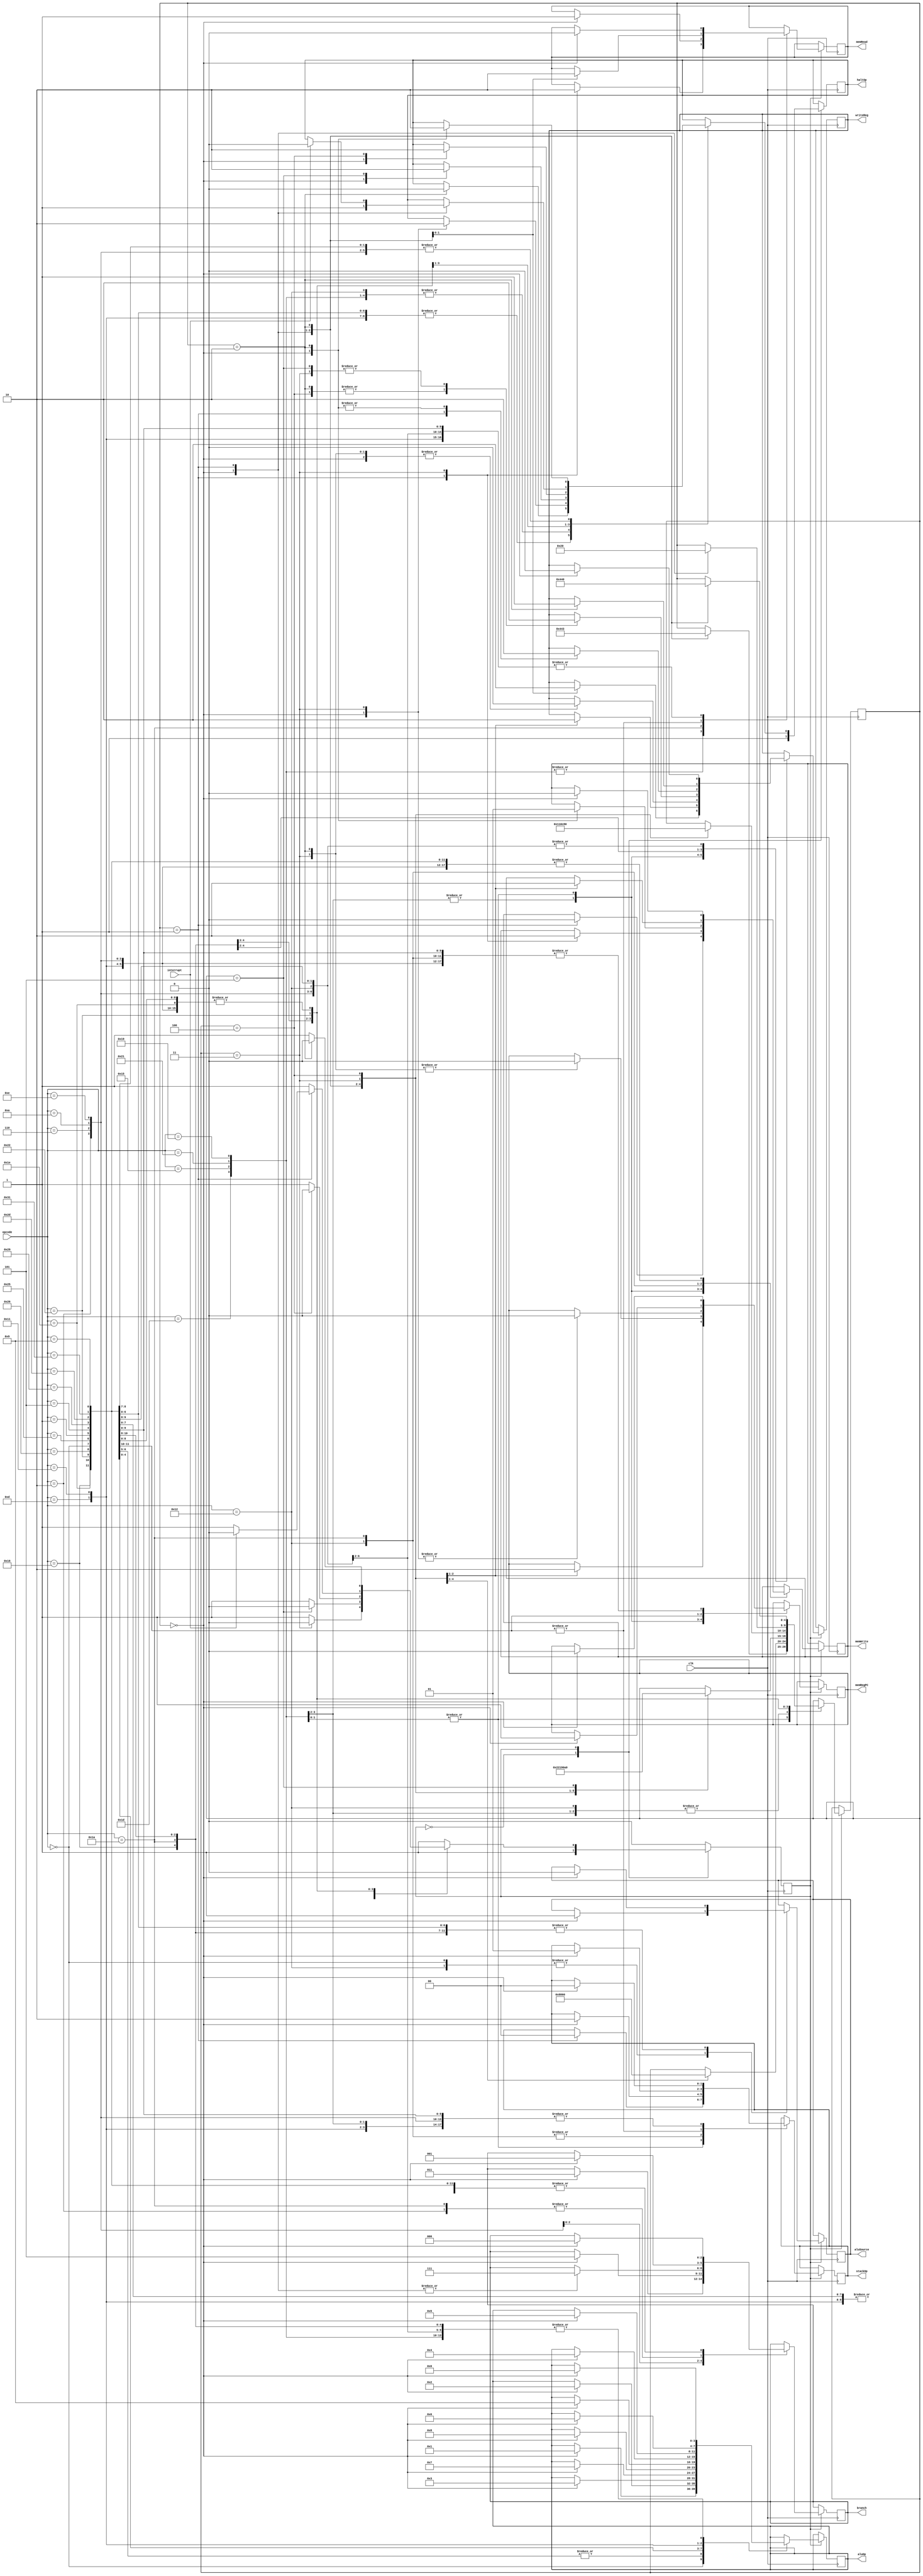
module main_control(
    input [5:0] opcode,
    input interrupt,
    input clk,
    output reg [2:0] branch,
    output reg memRead,
    output reg memWrite,
    output reg memRegPC,
    output reg [3:0] aluOp,
    output reg aluSource,
    output reg [1:0] stackOp,
    output reg writeReg,
    output reg haltOp
);

    
 // Opcode		ALUop	    ALUcontrol_input	ALUsource	Write Reg	MemWrite	MemRead*	memRegPC	Stack Op	Branch haltOp
 // ------------------------------------------------------------------------------------------------------------------------------
 // 000000		0001	        0001	            1	        1	        0	        0	        0	        00	        000     0
 // 000001	    0010	        0001	            0	        1	        0	        0	        0	        00	        000     0
 // 000101	    0011	        0010	            0	        1	        0	        0	        0	        00	        000     0
 // 001001	    0100	        0011	            0	        1	        0	        0	        0	        00	        000     0
 // 001101	    0101	        0100	            0	        1	        0	        0	        0	        00	        000     0
 // 010001	    0110	        0101	            0	        1	        0	        0	        0	        00	        000     0
 // 010101	    0000	        0001	            0	        1	        0	        1	        1	        00	        000     0
 // 011001	    0000	        0001	            0	        0	        1	        1	        0	        00	        000     0
 // 011101	    0000	        0001	            0	        1	        0	        1	        1	        00	        000     0
 // 100001	    0000	        0001	            0	        0	        1	        0	        0	        00	        000     0
 // 100101      0000            0001                0           1           0           0           0           00          000     0
 // 000010	    0000	        0001	            0	        1	        0	        0	        0	        00	        001     0
 // 000110	    0000	        0001	            0	        0	        0	        0	        0	        00	        011     0
 // 001010	    0000	        0001	            0	        0	        0	        0	        0	        00	        101     0
 // 001110	    0000	        0001	            0	        0	        0	        0	        0	        00	        111     0
 // 010010	    0000	        0000	            0	        0	        1	        1	        0	        10	        000     0
 // 010110	    0000	        0000	            0	        1	        0	        1	        0	        01	        000     0
 // 011010	    0000	        0000	            0	        0	        1	        1	        0	        10	        001     0
 // 011110	    0000	        0000	            0	        1	        0	        1	        1	        01	        000     0
 // 100010	    0000	        0000	            0	        0	        0	        0	        0	        00	        000     1
 // 100110	    0000	        0000	            0	        0	        0	        0	        0	        00	        000     0

parameter   ALU = 6'b000000,
            ADDI = 6'b000001,
            SUBI = 6'b000101,
            ANDI = 6'b101001,
            ORI = 6'b101101,
            XORI = 6'b110001,
            SLAI = 6'b001001,
            SRAI = 6'b001101,
            SRLI = 6'b010001,
            LD = 6'b010101,
            ST = 6'b011001,
            LDSP = 6'b011101,
            STSP = 6'b100001,
            MOVE=  6'b100101,
            BR	=  6'b000010,
            BMI	=  6'b000110,
            BPL	=  6'b001010,
            BZ	=  6'b001110,
            PUSH=  6'b010010,
            POP	=  6'b010110,
            CALL=  6'b011010,
            RET	=  6'b011110,
            HALT=  6'b100010,
            NOP	=  6'b100110;

    reg current_state;
    reg [4:0] micro_clk;

    initial begin
        aluOp =0;
        aluSource =0;  
        writeReg = 0;
        memWrite = 0;
        memRead = 0;
        memRegPC = 0;
        stackOp = 0;
        branch =0;
        haltOp =0;
        // updatePC =0;
        current_state = 0;
        micro_clk = 0;
    end

    always @ (posedge clk)
    begin
        case(current_state)
            0: begin
                current_state <=1;
                haltOp <=1;
            end
            1: begin
                case(opcode)
                    ALU:begin
                        $display("R type");
                        case(micro_clk)
                            0: begin
                            aluOp <= 4'b0001;
                            aluSource <= 1'b1;
                            memWrite <= 1'b0;
                            memRead <= 1'b0;
                            memRegPC <= 2'b0;
                            stackOp <= 2'b00;
                            branch <= 3'b000;
                            micro_clk <= 1;
                            haltOp <=1;
                            end
                            1: begin
                                writeReg <= 1'b1;
                                micro_clk <= 2;
                            end
                            2: begin
                                current_state <= 0;
                                micro_clk <= 0;
                                writeReg <= 1'b0;
                                haltOp <= 1'b0;
                            end
                        endcase
                        end

                    // I Type
                    ADDI, MOVE: begin
                        case(micro_clk)
                            0: begin
                            aluOp <= 4'b0010;
                            aluSource <= 1'b0;
                            memWrite <= 1'b0;
                            memRead <= 1'b0;
                            memRegPC <= 2'b0;
                            stackOp <= 2'b00;
                            branch <= 3'b000;
                            micro_clk <= 1;
                            end
                            1: begin
                                writeReg <= 1'b1;
                                micro_clk <= 2;
                            end
                            2: begin
                                writeReg <= 1'b0;
                                haltOp <= 1'b0;
                                current_state <= 0;
                                micro_clk <= 0;
                            end
                        endcase
                        end
                    SUBI: begin
                        case(micro_clk)
                            0: begin
                            aluOp <= 4'b0011;
                            aluSource <= 1'b0;
                            memWrite <= 1'b0;
                            memRead <= 1'b0;
                            memRegPC <= 2'b0;
                            stackOp <= 2'b00;
                            branch <= 3'b000;
                            micro_clk <= 1;
                            end
                            1: begin
                                writeReg <= 1'b1;
                                micro_clk <= 2;
                            end
                            2: begin
                                writeReg <= 1'b0;
                                haltOp <= 1'b0;
                                current_state <= 0;
                                micro_clk <= 0;
                            end
                        endcase
                        end
                    ANDI: begin
                        case(micro_clk)
                            0: begin
                            aluOp <= 4'b0111;
                            aluSource <= 1'b0;
                            memWrite <= 1'b0;
                            memRead <= 1'b0;
                            memRegPC <= 2'b0;
                            stackOp <= 2'b00;
                            branch <= 3'b000;
                            micro_clk <= 1;
                            end
                            1: begin
                                writeReg <= 1'b1;
                                micro_clk <= 2;
                            end
                            2: begin
                                writeReg <= 1'b0;
                                haltOp <= 1'b0;
                                current_state <= 0;
                                micro_clk <= 0;
                            end
                        endcase
                        end
                    ORI: begin
                        case(micro_clk)
                            0: begin
                            aluOp <= 4'b1000;
                            aluSource <= 1'b0;
                            memWrite <= 1'b0;
                            memRead <= 1'b0;
                            memRegPC <= 2'b0;
                            stackOp <= 2'b00;
                            branch <= 3'b000;
                            micro_clk <= 1;
                            end
                            1: begin
                                writeReg <= 1'b1;
                                micro_clk <= 2;
                            end
                            2: begin
                                writeReg <= 1'b0;
                                haltOp <= 1'b0;
                                current_state <= 0;
                                micro_clk <= 0;
                            end
                        endcase
                        end
                    XORI: begin
                        case(micro_clk)
                            0: begin
                            aluOp <= 4'b1001;
                            aluSource <= 1'b0;
                            memWrite <= 1'b0;
                            memRead <= 1'b0;
                            memRegPC <= 2'b0;
                            stackOp <= 2'b00;
                            branch <= 3'b000;
                            micro_clk <= 1;
                            end
                            1: begin
                                writeReg <= 1'b1;
                                micro_clk <= 2;
                            end
                            2: begin
                                writeReg <= 1'b0;
                                haltOp <= 1'b0;
                                current_state <= 0;
                                micro_clk <= 0;
                            end
                        endcase
                        end
                    SLAI: begin
                        case(micro_clk)
                            0: begin
                            aluOp <= 4'b0100;
                            aluSource <= 1'b0;
                            memWrite <= 1'b0;
                            memRead <= 1'b0;
                            memRegPC <= 2'b0;
                            stackOp <= 2'b00;
                            branch <= 3'b000;
                            micro_clk <= 1;
                            end
                            1: begin
                                writeReg <= 1'b1;
                                micro_clk <= 2;
                            end
                            2: begin
                                writeReg <= 1'b0;
                                haltOp <= 1'b0;
                                current_state <= 0;
                                micro_clk <= 0;
                            end
                        endcase
                        end
                    SRAI:
                        begin
                        case(micro_clk)
                            0: begin
                            aluOp <= 4'b0101;
                            aluSource <= 1'b0;
                            memWrite <= 1'b0;
                            memRead <= 1'b0;
                            memRegPC <= 2'b0;
                            stackOp <= 2'b00;
                            branch <= 3'b000;
                            micro_clk <= 1;
                            end
                            1: begin
                                writeReg <= 1'b1;
                                micro_clk <= 2;
                            end
                            2: begin
                                writeReg <= 1'b0;
                                haltOp <= 1'b0;
                                current_state <= 0;
                                micro_clk <= 0;
                            end
                        endcase
                        end
                    SRLI:
                        begin
                        case(micro_clk)
                            0: begin
                            aluOp <= 4'b0110;
                            aluSource <= 1'b0;
                            memWrite <= 1'b0;
                            memRead <= 1'b0;
                            memRegPC <= 2'b0;
                            stackOp <= 2'b00;
                            branch <= 3'b000;
                            micro_clk <= 1;
                            end
                            1: begin
                                writeReg <= 1'b1;
                                micro_clk <= 2;
                            end
                            2: begin
                                writeReg <= 1'b0;
                                haltOp <= 1'b0;
                                current_state <= 0;
                                micro_clk <= 0;
                            end
                        endcase
                        end

                    LD, LDSP: begin
                        case(micro_clk)
                            0: begin
                                haltOp <= 1'b1;
                                aluOp <= 4'b0000;
                                aluSource <= 1'b0;
                                branch <= 3'b000;
                                stackOp <= 2'b00; 
                                micro_clk <= 1;
                                end
                            1: begin
                                memRead <= 1'b1;   
                                memWrite <= 1'b0;  
                                micro_clk <= 2;
                                end
                            2: begin
                                writeReg <= 1'b1;  
                                memRegPC <= 2'b1; 
                                micro_clk <=3;
                                end
                            3: begin
                                memRead <= 1'b0;
                                memRegPC <= 2'b0;
                                writeReg <= 1'b0;
                                current_state <= 0;
                                micro_clk <=0;
                                haltOp <= 1'b0;
                                end
                        endcase
                    end

                    ST, STSP: begin
                        case(micro_clk)
                            0: begin
                                haltOp <= 1'b1;
                                aluOp <= 4'b0000;
                                aluSource <= 1'b0;
                                micro_clk <= 1;
                                writeReg <= 1'b0;  
                                branch <= 3'b000;
                                end
                            1: begin
                                // mem write enable
                                stackOp <= 2'b00;
                                memRead <= 1'b1;
                                memWrite <= 1'b1;
                                micro_clk <= 2;
                                end
                            2: begin
                                writeReg <= 1'b0;  
                                memRegPC <= 2'b0; 
                                micro_clk <=3;
                                end
                            3: begin
                                memRead <= 1'b0;
                                memWrite <= 1'b0;
                                memRegPC <= 2'b0;
                                writeReg <= 1'b0;
                                haltOp <= 1'b0;
                                current_state <= 0;
                                end
                        endcase
                        end 
                    BR: begin
                        case(micro_clk)
                            0: begin
                            aluOp <= 4'b0000;
                            aluSource <= 1'b0;
                            memWrite <= 1'b0;
                            memRead <= 1'b0;
                            memRegPC <= 2'b0;
                            writeReg <= 1'b0;
                            stackOp <= 2'b00;
                            branch <= 3'b001;
                            micro_clk <= 1;
                            haltOp <= 1'b1;
                            end
                            1: begin
                                micro_clk <=2;
                            end
                            2: begin // buffer for aluOut
                                current_state <= 0;
                                micro_clk <= 0;
                                haltOp <= 1'b0;
                            end
                        endcase
                        end
                    BMI: begin
                        case(micro_clk)
                            0: begin
                            aluOp <= 4'b0000;
                            aluSource <= 1'b0;
                            memWrite <= 1'b0;
                            memRead <= 1'b0;
                            memRegPC <= 2'b0;
                            writeReg <= 1'b0;
                            stackOp <= 2'b00;
                            branch <= 3'b011;
                            micro_clk <= 1;
                            haltOp <= 1'b1;
                            end
                            1: begin
                                micro_clk <=2;
                            end
                            2: begin // buffer for aluOut
                                current_state <= 0;
                                micro_clk <= 0;
                                haltOp <= 0;
                            end
                        endcase
                        end

                    BPL:begin
                        case(micro_clk)
                            0: begin
                                branch <= 3'b101;
                                aluOp <= 4'b0000;
                                aluSource <= 1'b0;
                                memWrite <= 1'b0;
                                memRead <= 1'b0;
                                memRegPC <= 2'b0;
                                writeReg <= 1'b0;
                                stackOp <= 2'b00;
                                micro_clk <= 1;
                                haltOp <= 1;
                            end
                            1: begin
                                micro_clk <=2;
                            end
                            2: begin // buffer for aluOut
                                current_state <= 0;
                                micro_clk <= 0;
                                haltOp <= 0;
                            end
                        endcase
                        end

                    BZ:begin 
                        case(micro_clk)
                            0: begin
                                branch <= 3'b111;
                                aluOp <= 4'b0000;
                                aluSource <= 1'b0;
                                memWrite <= 1'b0;
                                memRead <= 1'b0;
                                memRegPC <= 2'b0;
                                writeReg <= 1'b0;
                                stackOp <= 2'b00;
                                micro_clk <= 1;
                                haltOp <= 1'b1;
                            end
                            1: begin
                                micro_clk <=2;
                                branch <= 3'b111;
                            end
                            2: begin // buffer for aluOut
                                current_state <= 0;
                                micro_clk <= 0;
                                haltOp <= 0;
                            end
                        endcase
                        end

                    PUSH: begin
                        case(micro_clk)
                            0: begin 
                                writeReg <= 1'b0;
                                branch <= 3'b000;
                                aluOp <= 4'b0000;
                                aluSource <= 1'b1;
                                memRead <= 1'b0;
                                memRegPC <= 2'b0;
                                stackOp <= 2'b10;
                                memWrite <= 1'b0;
                                micro_clk  <= 1;
                                haltOp <= 1'b1;
                            end
                            1: begin 
                                micro_clk  <= 2;
                            end
                            2: begin 
                                // initiate memory write
                                memWrite <= 1;
                                micro_clk <= 3;
                            end
                            3: begin 
                                current_state <= 0;
                                micro_clk <= 0;
                                haltOp <= 0;
                            end
                endcase
                    end
                    POP: begin
                        case(micro_clk) 
                            0: begin 
                                branch <= 3'b000;
                                aluOp <= 4'b0000;
                                aluSource <= 1'b0;
                                memWrite <= 1'b0;
                                memRegPC <= 1'b0; 
                                stackOp <= 2'b01;
                                micro_clk <= 1;
                                haltOp <= 1'b1;
                            end
                            1: begin 
                                memRead <= 1;
                                micro_clk <= 2;
                            end
                            2: begin 
                                memRead <= 0;
                                writeReg <= 1;
                                micro_clk <= 3;
                            end
                            3: begin 
                                writeReg <= 0; 
                                memRegPC <= 0;
                                micro_clk <= 4;
                            end
                            4: begin 
                                writeReg <= 1;
                                micro_clk <= 5;
                            end
                            5: begin 
                                writeReg <= 0;
                                haltOp <= 0;
                                micro_clk <= 0;
                                current_state <= 0;
                            end
                        endcase
                        end
                    CALL: begin
                        case(micro_clk)
                            0: begin
                                branch <= 3'b001;
                                aluOp <= 4'b0000;
                                aluSource <= 1'b0;
                                memRead <= 1'b1;
                                memRegPC <= 2'b0;
                                writeReg <= 1'b0;
                                stackOp <= 2'b10;
                                micro_clk <= 1;
                                haltOp <= 1'b1;
                            end
                            1: begin 
                                writeReg <= 1;
                                micro_clk <= 2;
                            end
                            2: begin 
                                writeReg <= 0;
                                memWrite <= 1'b1;
                                micro_clk <= 3;
                            end
                            3: begin
                                memWrite <= 0;
                                micro_clk <= 4; 
                            end
                            4: begin 
                                haltOp <= 0; 
                                micro_clk <= 0;
                                current_state <= 0;
                            end
                        endcase
                    end

                    RET: begin 
                        case(micro_clk)
                            0: begin 
                                branch <= 3'b000;
                                aluOp <= 4'b0000;
                                aluSource <= 0; 
                                memWrite <= 0;      
                                memRegPC <= 1;
                                stackOp <= 2'b01;
                                micro_clk <= 1;
                            end
                            1: begin    
                                memRead <= 1;
                                micro_clk <= 2;
                            end
                            2: begin 
                                memRead <= 0;
                                writeReg <= 1;
                                micro_clk <= 0;
                                current_state <= 0;
                        end
                    endcase
                end
                    HALT: begin
                        case (micro_clk)
                        0: begin
                            aluOp <= 4'b0000;
                            aluSource <= 1'b0;
                            writeReg <= 1'b0;
                            memWrite <= 1'b0;
                            memRead <= 1'b0;
                            memRegPC <= 2'b0;
                            stackOp <= 2'b00;
                            branch <= 3'b000;
                            haltOp <= 1'b1;
                            micro_clk <= 1;
                        end
                        1:
                        begin
                            if (interrupt == 1) begin
                                haltOp <= 0;
                                current_state <= 0;
                            end
                                micro_clk <= 0;
                        end
                        endcase
                    end
                    NOP: begin 
                        case (micro_clk)
                        0: begin
                            aluOp <= 4'b0000;
                            aluSource <= 1'b0;
                            writeReg <= 1'b0;
                            memWrite <= 1'b0;
                            memRead <= 1'b0;
                            memRegPC <= 2'b0;
                            stackOp <= 2'b00;
                            branch <= 3'b000;
                            haltOp <= 1'b1;
                            micro_clk <= 1;
                        end
                        1:
                        begin
                                micro_clk <= 2;
                        end
                        2:
                        begin
                                haltOp <= 0;
                                micro_clk <= 0;
                                current_state <= 0;
                        end
                        endcase
                    end
                endcase
            end
        endcase
        // $display("current_state: %d", current_state);
        // $display("opcode: %d", opcode);
    end
endmodule